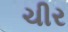
ચીર